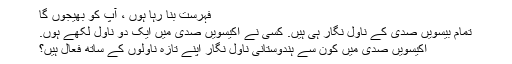
فہرست بنا رہا ہوں ، آپ کو بھیجوں گا
تمام بیسویں صدی کے ناول نگار ہی ہیں. کسی نے اکیسویں صدی میں ایک دو ناول لکھے ہوں.
اکیسویں صدی میں کون سے ہندوستانی ناول نگار اپنے تازہ ناولوں کے ساتھ فعال ہیں؟